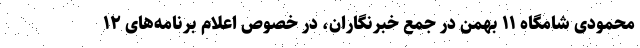
محمودی شامگاه ۱۱ بهمن در جمع خبرنگاران، در خصوص اعلام برنامه‌های ۱۲